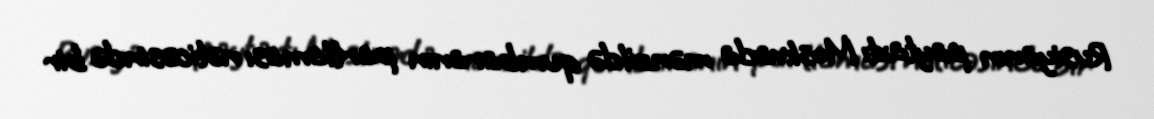
Rusiyanın paytaxtı Moskvada mənzildə qumbaranın partlaması nəticəsində bir